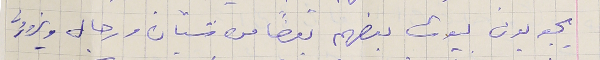
يجوبون بيوت بعضهم بعضًا من شبّان ورجال ويزورون